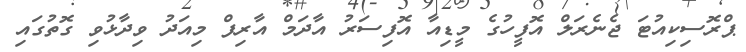
ޕްރޮސިކިއުޓަ ޖެނެރަލް އޮފީހުގެ މީޑިއާ އޮފިސަރު އާދަމް އާރިފް މިއަދު ވިދާޅުވި ގޮތުގައި